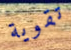
تقوية